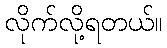
လိုက်လို့ရတယ်။